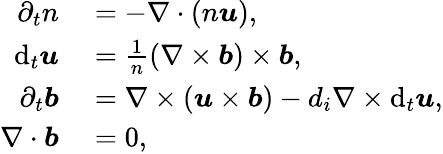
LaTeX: \begin{array}{rl}{\partial_{t}n}&{{}=-\nabla\cdot(n\boldsymbol{u}),}\\ {\mathrm{d}_{t}\boldsymbol{u}}&{{}=\frac{1}{n}(\nabla\times\boldsymbol{b})\times\boldsymbol{b},}\\ {\partial_{t}\boldsymbol{b}}&{{}=\nabla\times(\boldsymbol{u}\times\boldsymbol{b})-d_{i}\nabla\times\mathrm{d}_{t}\boldsymbol{u},}\\ {\nabla\cdot\boldsymbol{b}}&{{}=0,}\end{array}